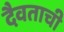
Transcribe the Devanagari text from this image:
दैवताची